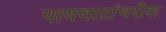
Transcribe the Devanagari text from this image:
पायवाटांवरील